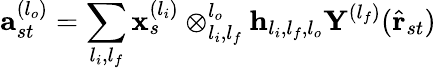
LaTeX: \mathbf{a}_{st}^{(l_{o})}=\sum_{l_{i},l_{f}}\mathbf{x}_{s}^{(l_{i})}\otimes_{l_{i},l_{f}}^{l_{o}}\mathbf{h}_{l_{i},l_{f},l_{o}}\mathbf{Y}^{(l_{f})}(\hat{\mathbf{r}}_{st})